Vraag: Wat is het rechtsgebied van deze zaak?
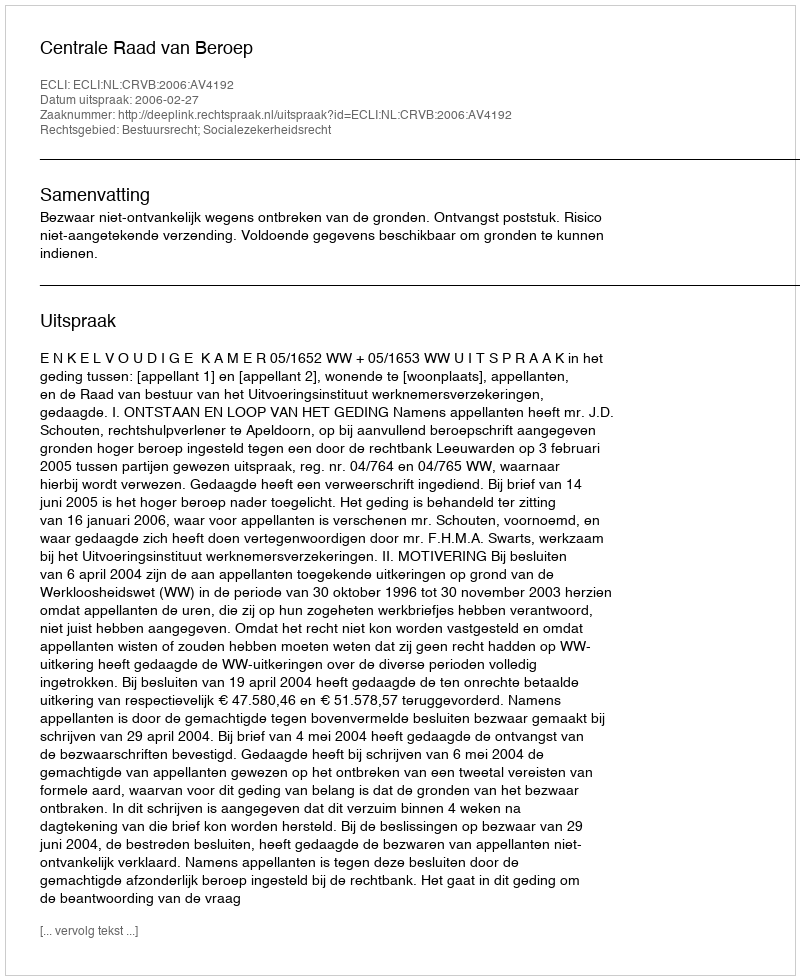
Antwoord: Bestuursrecht; Socialezekerheidsrecht